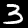
Digit: 3